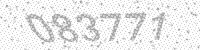
Solution: 083771